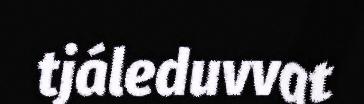
tjáleduvvat